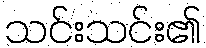
သင်းသင်း၏